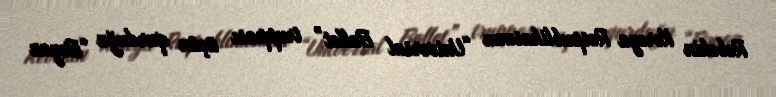
Rebekin Koreya Respublikasının “Universal Ballet” truppası üçün qurduğu “Bəyaz